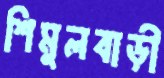
শিমুলবাড়ী